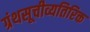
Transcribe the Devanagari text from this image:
ग्रंथसूचीव्यतिरिक्त